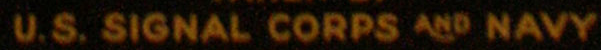
U.S. SIGNAL CORPS AND NAVY